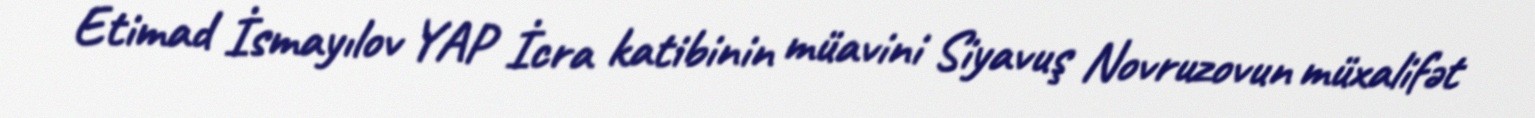
Etimad İsmayılov YAP İcra katibinin müavini Siyavuş Novruzovun müxalifət